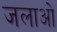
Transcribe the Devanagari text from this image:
जलाओ